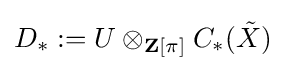
D_{*}:=U\otimes _{\mathbf {Z} [\pi ]}C_{*}({\tilde {X}})